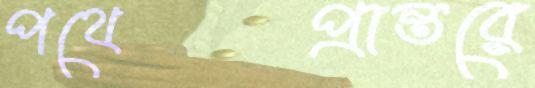
পথেপ্রান্তরে